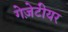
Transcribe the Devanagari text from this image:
गेज़ेटीयर